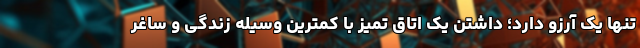
تنها یک آرزو دارد؛ داشتن یک اتاق تمیز با کمترین وسیله زندگی و ساغر